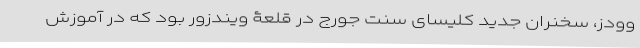
وودز، سخنران جدید کلیسای سنت جورج در قلعۀ ویندزور بود که در آموزش